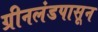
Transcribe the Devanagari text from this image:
ग्रीनलंडपासून